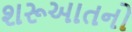
શરૂઆતનો